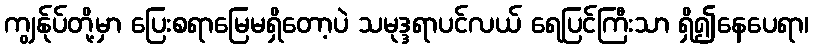
ကျွန်ုပ်တို့မှာ ပြေးစရာမြေမရှိတော့ပဲ သမုဒ္ဒရာပင်လယ် ရေပြင်ကြီးသာ ရှိ၍နေပေရာ၊